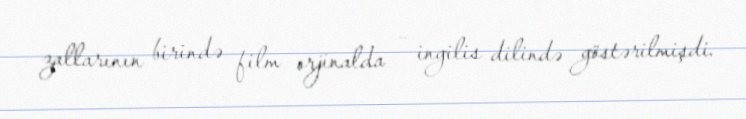
zallarının birində film orjinalda – ingilis dilində göstərilmişdi.